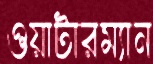
ওয়াটারম্যান